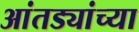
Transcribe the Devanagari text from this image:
आंतड्यांच्या